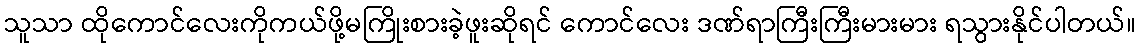
သူသာ ထိုကောင်လေးကိုကယ်ဖို့မကြိုးစားခဲ့ဖူးဆိုရင် ကောင်လေး ဒဏ်ရာကြီးကြီးမားမား ရသွားနိုင်ပါတယ်။